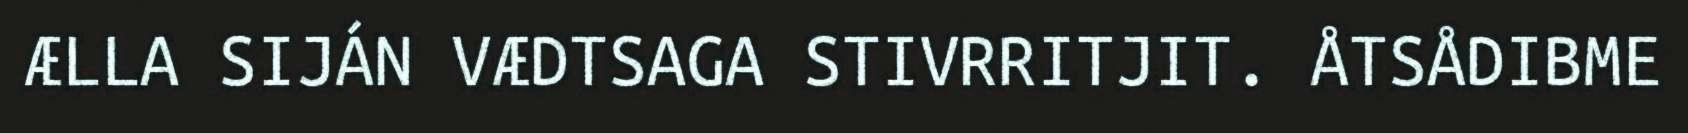
ÆLLA SIJÁN VÆDTSAGA STIVRRITJIT. ÅTSÅDIBME